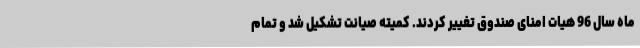
ماه سال 96 هیات امنای صندوق تغییر کردند. کمیته صیانت تشکیل شد و تمام